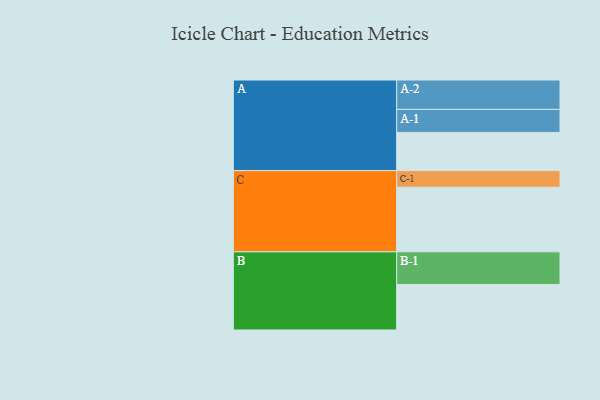
{"axis": {"x": "Segment", "y": "Value"}, "legend": ["", "A", "B", "C"], "data": [{"x": "A", "y": 329, "type": ""}, {"x": "B", "y": 391, "type": ""}, {"x": "C", "y": 556, "type": ""}, {"x": "A-1", "y": 198, "type": "A"}, {"x": "A-2", "y": 253, "type": "A"}, {"x": "B-1", "y": 282, "type": "B"}, {"x": "C-1", "y": 143, "type": "C"}]}